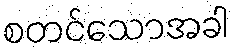
စတင်သောအခါ